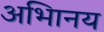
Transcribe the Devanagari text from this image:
अभािनय